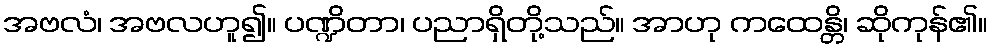
အဗလံ၊ အဗလဟူ၍။ ပဏ္ဍိတာ၊ ပညာရှိတို့သည်။ အာဟု ကထေန္တိ၊ ဆိုကုန်၏။